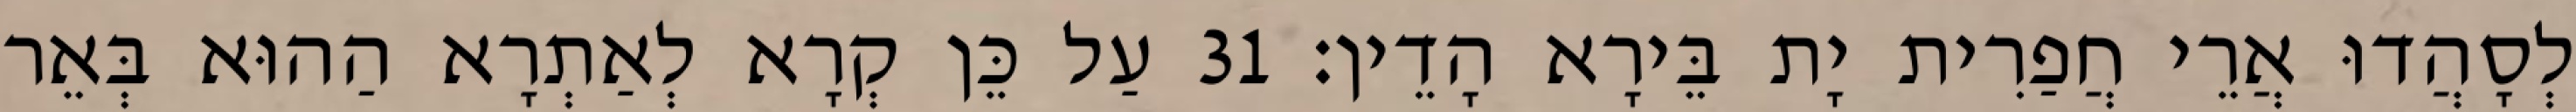
לְסָהֲדוּ אֲרֵי חֲפַרִית יָת בֵּירָא הָדֵין׃ 31 עַל כֵּן קְרָא לְאַתְרָא הַהוּא בְּאֵר